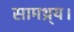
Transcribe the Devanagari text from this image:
सामथ्र्य।